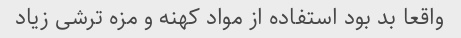
واقعا بد بود استفاده از مواد کهنه و مزه ترشی زیاد